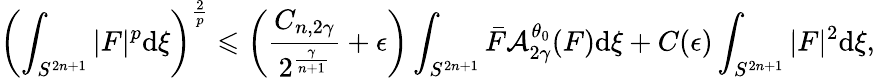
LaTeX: \left(\int_{S^{2n+1}}|F|^{p}\mathrm{d}\xi\right)^{\frac{{2}}{{p}}}\leqslant\left(\frac{{{C}_{n,2\gamma}}}{{2^{\frac{{\gamma}}{{n+1}}}}}+\epsilon\right)\int_{S^{2n+1}}\bar{{F}}\mathcal{{A}}_{2\gamma}^{\theta_{0}}(F)\mathrm{d}\xi+C(\epsilon)\int_{S^{2n+1}}|F|^{2}\mathrm{d}\xi,